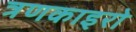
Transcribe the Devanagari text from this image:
त्रणकाइरो